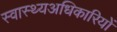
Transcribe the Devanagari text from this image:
स्वास्थ्यअधिकारियों